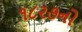
૧૮૨૭નો